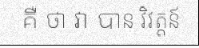
គឺ ថា វា បាន វិវត្តន៍